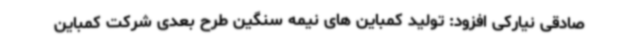
صادقی نیارکی افزود: تولید کمباین های نیمه سنگین طرح بعدی شرکت کمباین